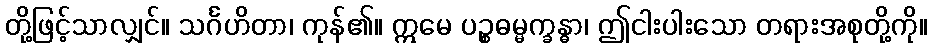
တို့ဖြင့်သာလျှင်။ သင်္ဂဟိတာ၊ ကုန်၏။ ဣမေ ပဉ္စဓမ္မက္ခန္ဓာ၊ ဤငါးပါးသော တရားအစုတို့ကို။